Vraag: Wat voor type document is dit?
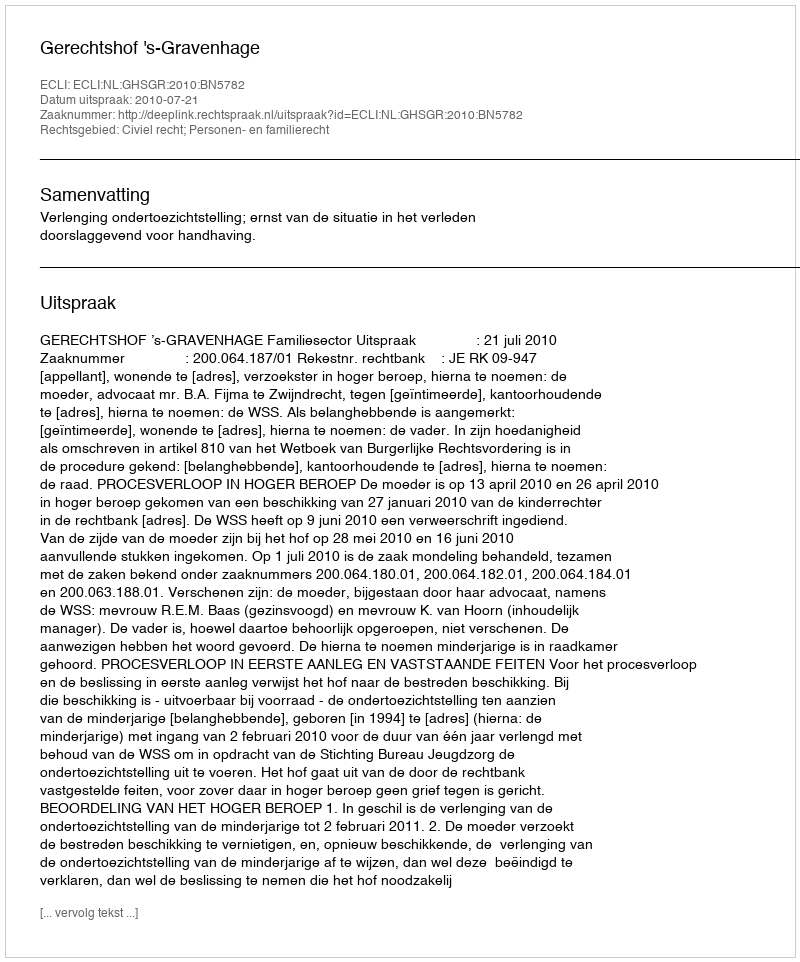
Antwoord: Uitspraak